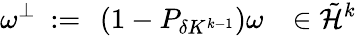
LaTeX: \omega^{\perp}\ :=\ \left(1-P_{\delta K^{k-1}}\right)\omega\ \ \ \in\tilde{{\mathcal H}}^{k}